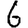
Digit: 6